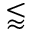
\lessapprox